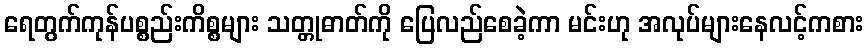
ရေတွက်ကုန်ပစ္စည်းကိစ္စများ သတ္တုဓာတ်ကို ပြေလည်စေခဲ့ကာ မင်းဟု အလုပ်များနေလင့်ကစား